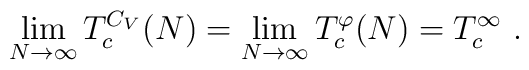
\lim_{N \to \infty} T_c^{C_V}(N) = \lim_{N \to \infty} T_c^{\varphi}(N) = T_c^\infty \,\, .